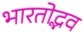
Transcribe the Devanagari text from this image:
भारतोद्भव